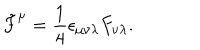
\tilde { F } ^ { \mu } = { \frac { 1 } { 4 } } \epsilon _ { \mu \nu \lambda } F _ { \nu \lambda } .